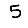
Digit: 5